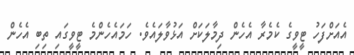
އެއަށްފަހު ޓީވީގެ ކެމެރާ އެހެން ދިމާލަކަށް އަޅުވާލައެވެ. ހަމައެހެންމެ ޓީވީގައި ތިބި އެހެން